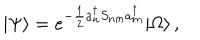
LaTeX: | \Psi \rangle = e ^ { - \frac { 1 } { 2 } a _ { n } ^ { \dagger } S _ { n m } a _ { m } ^ { \dagger } } | \Omega \rangle \, ,